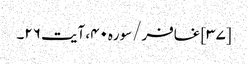
[۳۷] غافر/سوره۴۰، آیت ۲۶۔